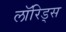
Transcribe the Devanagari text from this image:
लॉरिड्स